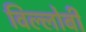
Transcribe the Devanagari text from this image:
विल्लोबी